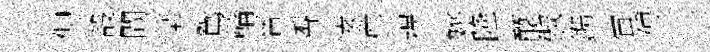
倪設間葉鴛輪晉香逺産祸姚隆釀俶鐫宙傅